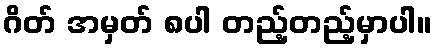
ဂိတ် အမှတ် ၈ပါ တည့်တည့်မှာပါ။